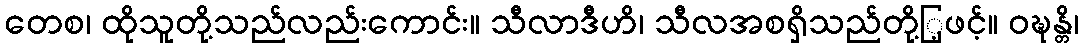
တေစ၊ ထိုသူတို့သည်လည်းကောင်း။ သီလာဒီဟိ၊ သီလအစရှိသည်တို့ြ့ဖင့်။ ဝဍ္ဎန္တိ၊